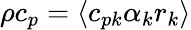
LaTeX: \rho c_{p}=\langle c_{pk}\alpha_{k}r_{k}\rangle